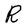
Character: R